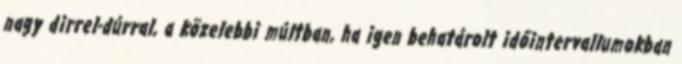
nagy dirrel-dúrral, a közelebbi múltban, ha igen behatárolt időintervallumokban